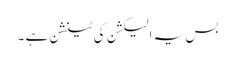
بس یہ الیکشن کی ٹینشن ہے ۔